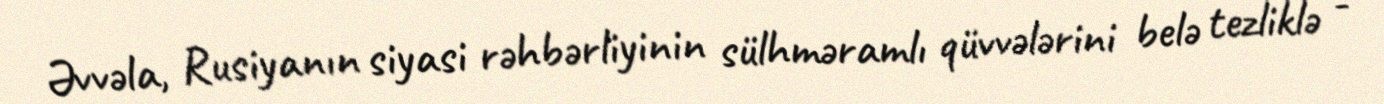
Əvvəla, Rusiyanın siyasi rəhbərliyinin sülhməramlı qüvvələrini belə tezliklə -